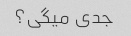
جدی میگی؟